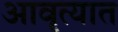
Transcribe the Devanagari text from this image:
आवृत्यात